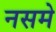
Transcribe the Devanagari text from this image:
नसमे